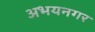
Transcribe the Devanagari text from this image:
अभयनगर